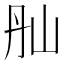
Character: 𡵕